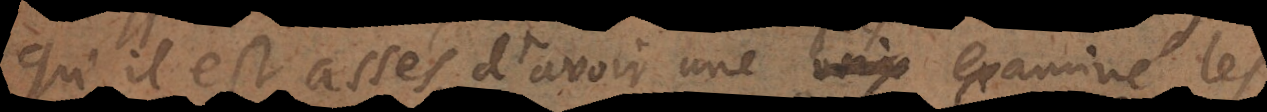
qu’il est assés d’avoir une fois examiné les